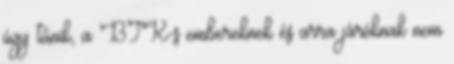
úgy tűnik, a BTK-s embereknek és arra járóknak nem